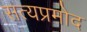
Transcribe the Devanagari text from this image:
सत्यप्रमोद